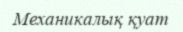
Механикалық қуат